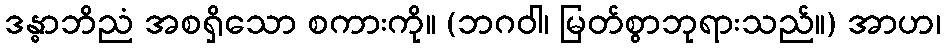
ဒန္ဓာဘိညံ အစရှိသော စကားကို။ (ဘဂဝါ၊ မြတ်စွာဘုရားသည်။) အာဟ၊